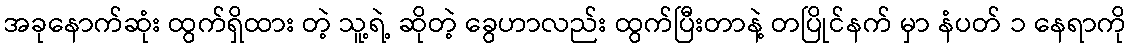
အခုနောက်ဆုံး ထွက်ရှိထား တဲ့ သူ့ရဲ့ ဆိုတဲ့ ခွေဟာလည်း ထွက်ပြီးတာနဲ့ တပြိုင်နက် မှာ နံပတ် ၁ နေရာကို